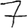
Digit: 7